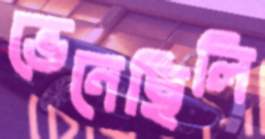
ভেনেছিলি